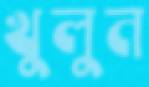
খুলুন